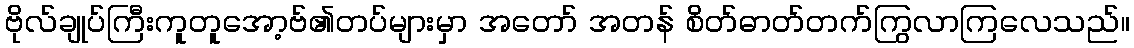
ဗိုလ်ချုပ်ကြီးကူတူအော့ဗ်၏တပ်များမှာ အတော် အတန် စိတ်ဓာတ်တက်ကြွလာကြလေသည်။